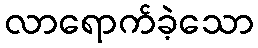
လာရောက်ခဲ့သော